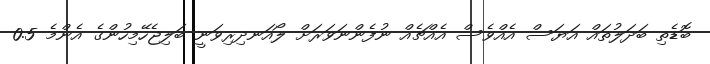
ބޮޑެތި ބަދަލުތައް އަޔަސް އެއްވެސް އެއްޗެއް ނުފެންނަވަރަށް ލޯއަނދިރިވަނީ ބަލިޖެހޭމިހުންގެ އެންމެ 0.5